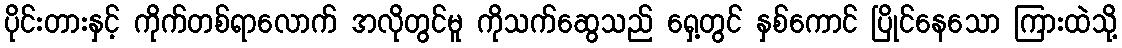
ပိုင်းတားနှင့် ကိုက်တစ်ရာလောက် အလိုတွင်မူ ကိုသက်ဆွေသည် ရှေ့တွင် နှစ်ကောင် ပြိုင်နေသော ကြားထဲသို့